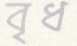
বৃধ